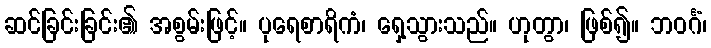
ဆင်ခြင်းခြင်း၏ အစွမ်းဖြင့်။ ပုရေစာရိကံ၊ ရှေ့သွားသည်။ ဟုတွာ၊ ဖြစ်၍။ ဘဝင်္ဂံ၊